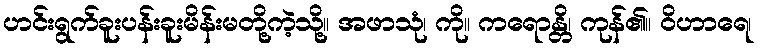
ဟင်းရွက်ခူးပန်းခူးမိန်းမတို့ကဲ့သို့။ အဖာသုံ၊ ကို။ ကရောန္တိ၊ ကုန်၏။ ဝိဟာရေ၊